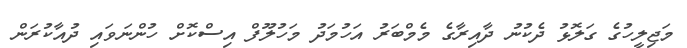
މަޖިލީހުގެ ގަލޮޅު ދެކުނު ދާއިރާގެ މެމްބަރު އަހުމަދު މަހުލޫފް އިސްކޮށް ހުންނަވައި ދުއާކުރަން